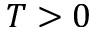
T > 0